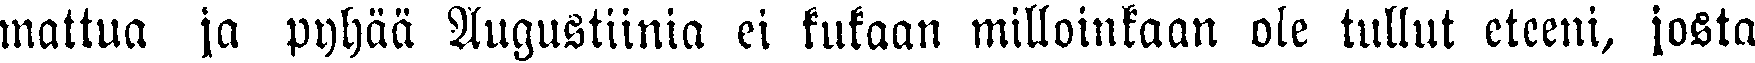
mattua ja pyhää Augustiinia ei kukaan milloinkaan ole tullut eteeni, josta